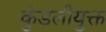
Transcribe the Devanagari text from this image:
कुंडलीयुक्त